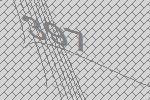
397